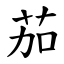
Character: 茄